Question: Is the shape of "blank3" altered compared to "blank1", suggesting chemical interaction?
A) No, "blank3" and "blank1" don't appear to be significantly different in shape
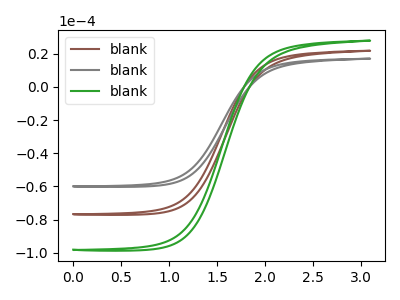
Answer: <think>The brown curve "blank1" has no peaks. The gray curve "blank2" has no peaks. The green curve "blank3" has no peaks.
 Neither "blank3" or "blank1" have any peaks.</think>
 <answer>A) No, "blank3" and "blank1" don't appear to be significantly different in shape</answer>
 <eval>A</eval>